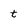
Character: t